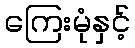
ကြေးမုံနှင့်